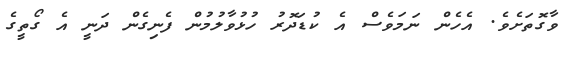
ވާގޮތަށެވެ. އެހެން ނަމަވެސް އެ ކުޑަދޮރު ހުޅުވާލުމުން ފެނިގެން ދަނީ އެ ގޯތީގެ